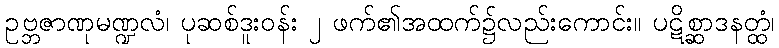
ဥဗ္ဘဇာဏုမဏ္ဍလံ၊ ပုဆစ်ဒူးဝန်း ၂ ဖက်၏အထက်၌လည်းကောင်း။ ပဋိစ္ဆာဒနတ္ထံ၊